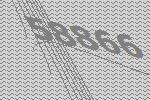
58866